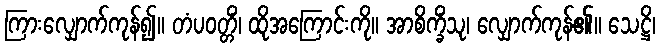
ကြားလျှောက်ကုန်၍။ တံပဝတ္တိံ၊ ထိုအကြောင်းကို။ အာစိက္ခိံသု၊ လျှောက်ကုန်၏။ သေဋ္ဌိ၊